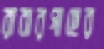
রাবারগাছের